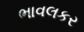
ભાવલકર